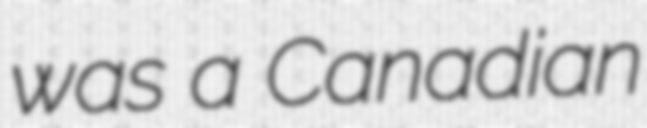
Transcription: was a Canadian